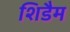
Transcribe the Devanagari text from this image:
शिडैम